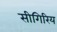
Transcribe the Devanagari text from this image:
सीगिरिय